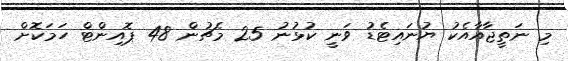
މި ނަތީޖާއާއެކު ޔުނައިޓެޑު ވަނީ ކުޅުނު 25 މެޗުން 48 ޕޮއިންޓް ހަމަކޮށް